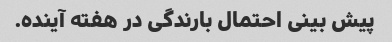
پیش بینی احتمال بارندگی در هفته آینده.